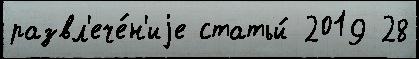
развл'ече́н'иjе статьи́ 2019 28